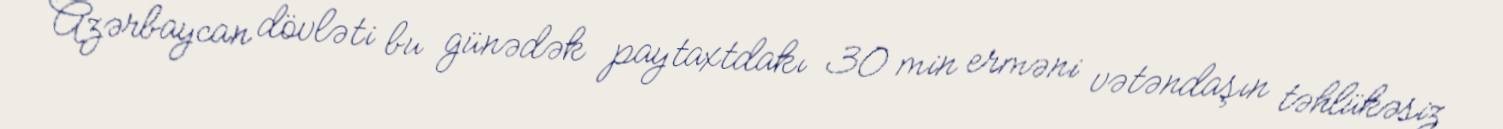
Azərbaycan dövləti bu günədək paytaxtdakı 30 min erməni vətəndaşın təhlükəsiz